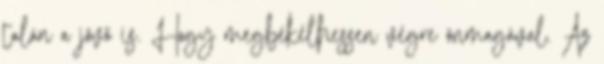
talán a jövő is. Hogy megbékélhessen végre önmagával. Az